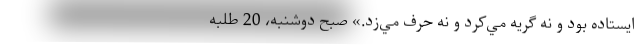
ايستاده بود و نه گريه مي‌كرد و نه حرف مي‌زد.» صبح دوشنبه، 20 طلبه